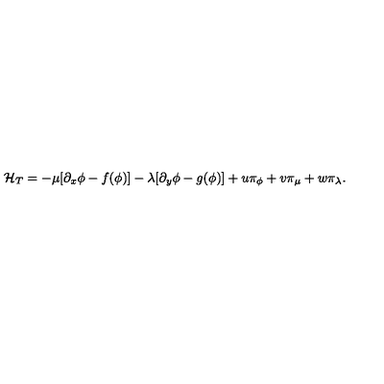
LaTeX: { \cal H } _ { T } = - \mu [ \partial _ { x } \phi - f ( \phi ) ] - \lambda [ \partial _ { y } \phi - g ( \phi ) ] + u \pi _ { \phi } + v \pi _ { \mu } + w \pi _ { \lambda } .